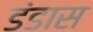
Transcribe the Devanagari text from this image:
डंडास